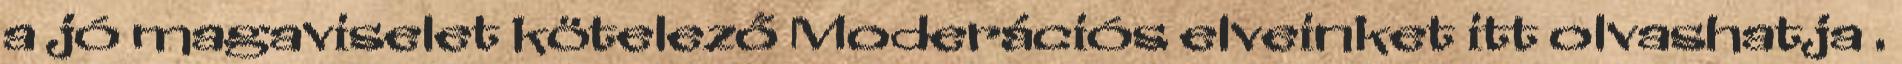
a jó magaviselet kötelező Moderációs elveinket itt olvashatja .